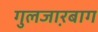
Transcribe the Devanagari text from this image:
गुलजा़रबाग